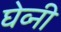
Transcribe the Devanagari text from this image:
घेव्नी